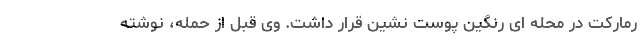
رمارکت در محله ای رنگین پوست نشین قرار داشت. وی قبل از حمله، نوشته